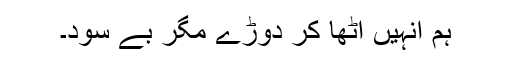
ہم انہیں اٹھا کر دوڑے مگر بے سود۔